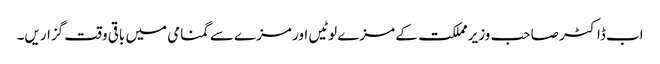
اب ڈاکٹر صاحب وزیرمملکت کے مزے لوٹیں اور مزے سے گمنامی میں باقی وقت گزاریں۔